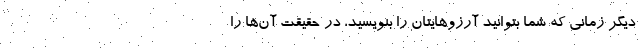
دیگر زمانی که شما بتوانید آرزوهایتان را بنویسید، در حقیقت آن‌ها را